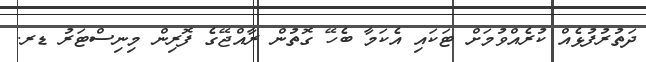
ދަތުރުފުޅެއް ކުރެއްވުމަށް ޓަކައި އެކަމާ ބެހޭ ގޮތުން ރާއްޖޭގެ ފޮރިން މިނިސްޓަރު ޑރ.